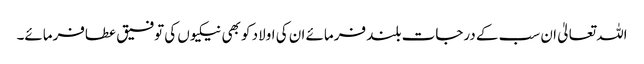
اللہ تعالیٰ ان سب کے درجات بلند فرمائے ان کی اولاد کو بھی نیکیوں کی توفیق عطافرمائے۔